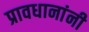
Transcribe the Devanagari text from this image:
प्रावधानांनी